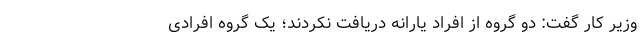
وزیر کار گفت: دو گروه از افراد یارانه دریافت نکردند؛ یک گروه افرادی